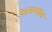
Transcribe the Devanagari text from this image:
सहसम्बंधित